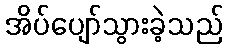
အိပ်ပျော်သွားခဲ့သည်